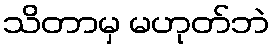
သိတာမှ မဟုတ်ဘဲ